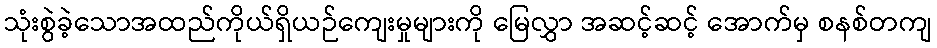
သုံးစွဲခဲ့သောအထည်ကိုယ်ရှိယဉ်ကျေးမှုများကို မြေလွှာ အဆင့်ဆင့် အောက်မှ စနစ်တကျ